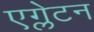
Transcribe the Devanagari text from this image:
एग्लेटन